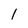
Character: I